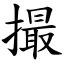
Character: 撮